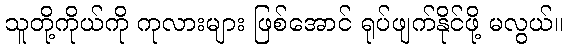
သူတို့ကိုယ်ကို ကုလားများ ဖြစ်အောင် ရုပ်ဖျက်နိုင်ဖို့ မလွယ်။